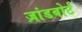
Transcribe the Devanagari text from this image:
ज़ांडबोर्ट